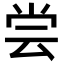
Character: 尝